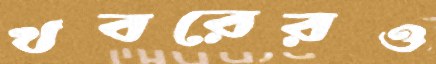
খবরেরও